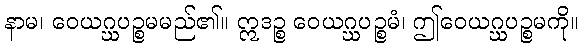
နာမ၊ ဝေယဂ္ဃပဉ္စမမည်၏။ ဣဒဉ္စ ဝေယဂ္ဃပဉ္စမံ၊ ဤဝေယဂ္ဃပဉ္စမကို။